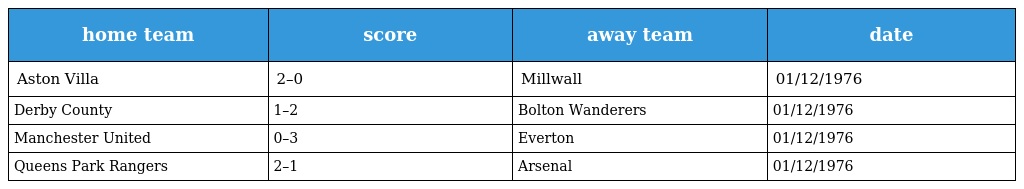
| home team | score | away team | date |
 | --- | --- | --- | --- |
 | Aston Villa | 2–0 | Millwall | 01/12/1976 |
 | Derby County | 1–2 | Bolton Wanderers | 01/12/1976 |
 | Manchester United | 0–3 | Everton | 01/12/1976 |
 | Queens Park Rangers | 2–1 | Arsenal | 01/12/1976 |